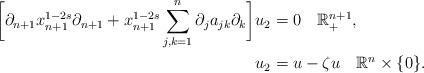
LaTeX: \begin{align*}\bigg[\partial_{n+1}x_{n+1}^{1-2s}\partial_{n+1}+x_{n+1}^{1-2s}\sum_{j,k=1}^{n}\partial_{j}a_{jk}\partial_{k}\bigg]u_{2} & =0\quad\mathbb{R}_{+}^{n+1},\\u_{2} & =u-\zeta u\quad\mathbb{R}^{n}\times\{0\}.\end{align*}